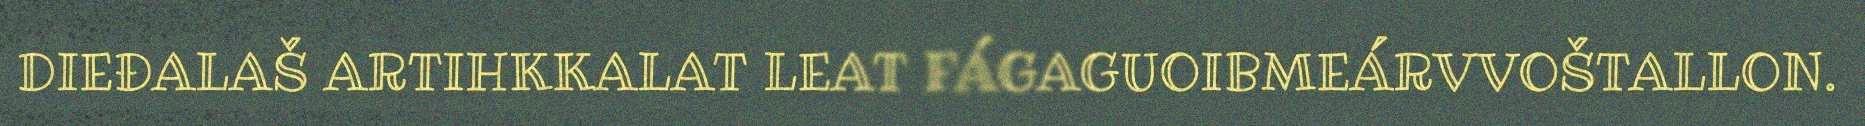
DIEĐALAŠ ARTIHKKALAT LEAT FÁGAGUOIBMEÁRVVOŠTALLON.